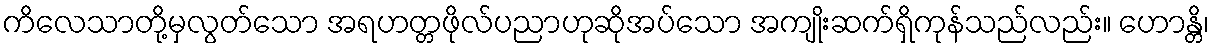
ကိလေသာတို့မှလွတ်သော အရဟတ္တဖိုလ်ပညာဟုဆိုအပ်သော အကျိုးဆက်ရှိကုန်သည်လည်း။ ဟောန္တိ၊